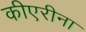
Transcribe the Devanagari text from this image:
कीएरीना